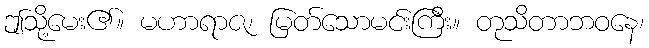
ဤသို့မေး၏။ မဟာရာဇ၊ မြတ်သောမင်းကြီး။ တုသိတာဘဝနေ၊